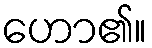
ဟော၏။